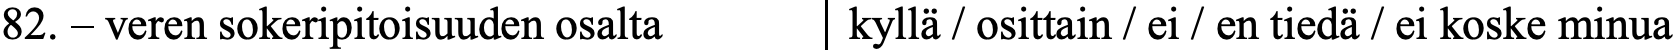
82. – veren sokeripitoisuuden osalta kyllä / osittain / ei / en tiedä / ei koske minua